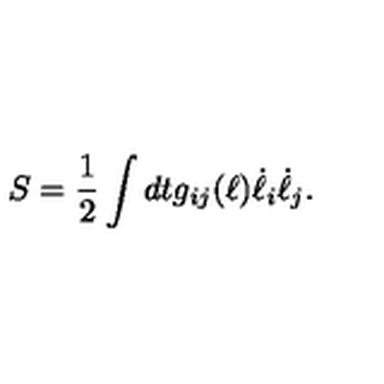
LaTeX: S = { \frac { 1 } { 2 } } \int d t g _ { i j } ( \ell ) \dot { \ell } _ { i } \dot { \ell } _ { j } .